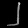
Digit: ၂